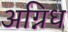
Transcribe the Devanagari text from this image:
अग्निध